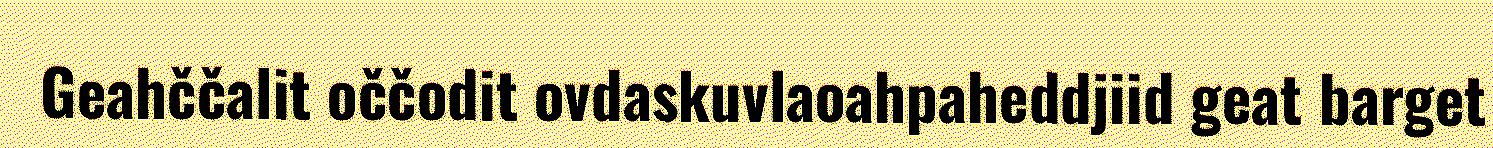
Geahččalit oččodit ovdaskuvlaoahpaheddjiid geat barget